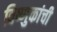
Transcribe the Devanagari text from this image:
विष्णुकांची